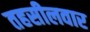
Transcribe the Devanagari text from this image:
तहसीलवार